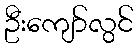
ဦးကျော်လွင်